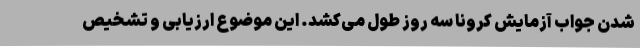
شدن جواب آزمایش کرونا سه روز طول می‌کشد. این موضوع ارزیابی و تشخیص